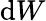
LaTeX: \mathrm{d}W